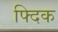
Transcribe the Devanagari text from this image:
फ्दिक